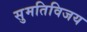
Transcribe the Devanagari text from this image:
सुमतिविजय